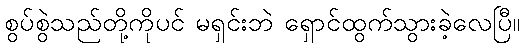
စွပ်စွဲသည်တို့ကိုပင် မရှင်းဘဲ ရှောင်ထွက်သွားခဲ့လေပြီ။